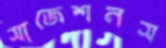
সাজেশনস